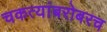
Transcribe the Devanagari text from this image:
चकत्यांबरोबरच